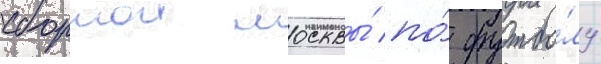
сборнои москвы́ по́ футбо́лу